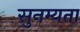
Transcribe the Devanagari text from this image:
सुनम्यता